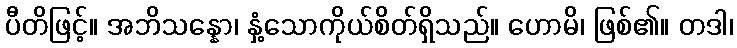
ပီတိဖြင့်။ အဘိသန္နော၊ နှံ့သောကိုယ်စိတ်ရှိသည်။ ဟောမိ၊ ဖြစ်၏။ တဒါ၊